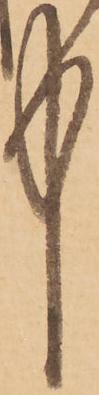
中